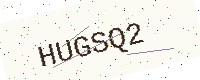
Text: HUGSQ2